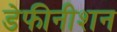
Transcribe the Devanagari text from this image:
डेफीनीशन